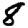
Digit: 8